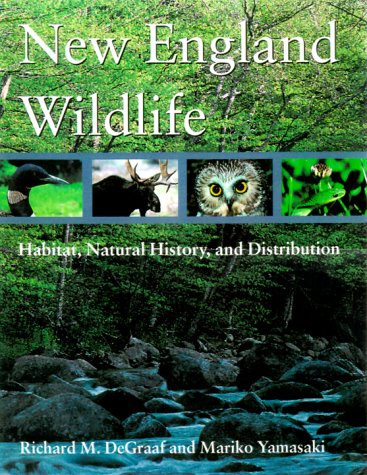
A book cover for New England Wildlife: Habitat, Natural History, and Distribution; Richard M. DeGraaf; Travel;